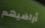
أراضيهم